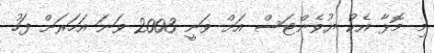
މި މޮޅާ އެކު ޔުވެންޓަސް އަށް ވަނީ 2003 ވަނަ އަހަރަށް ފަހު